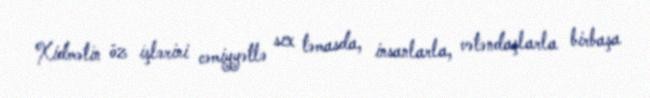
Xidmətin öz işlərini cəmiyyətlə sıx təmasda, insanlarla, vətəndaşlarla birbaşa